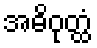
အဓိဝုတ္ထံ